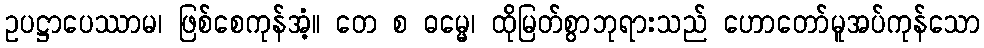
ဥပဋ္ဌာပေဿာမ၊ ဖြစ်စေကုန်အံ့။ တေ စ ဓမ္မေ၊ ထိုမြတ်စွာဘုရားသည် ဟောတော်မူအပ်ကုန်သော